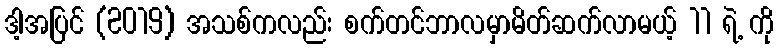
ဒါ့အပြင် (2019) အသစ်ကလည်း စက်တင်ဘာလမှာမိတ်ဆက်လာမယ့် 11 ရဲ့ ကို